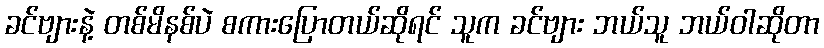
ခင်ဗျားနဲ့ တစ်မိနစ်ပဲ စကားပြောတယ်ဆိုရင် သူက ခင်ဗျား ဘယ်သူ ဘယ်ဝါဆိုတာ